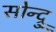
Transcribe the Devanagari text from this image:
सोन्द्रु